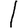
Digit: 1